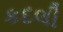
કદલી